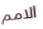
الامم